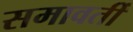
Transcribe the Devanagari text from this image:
समावर्ती